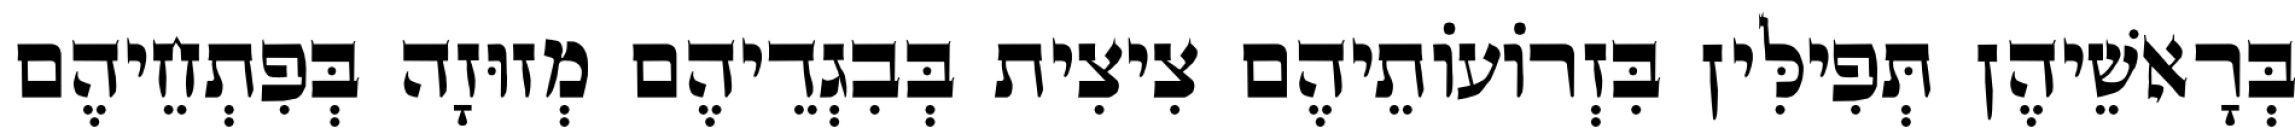
בְּרָאשֵׁיהֶן תְּפִילִּין בִּזְרוֹעוֹתֵיהֶם צִיצִית בְּבִגְדֵיהֶם מְזוּזָה בְּפִתְחֵיהֶם